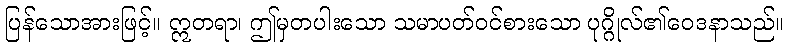
ပြန်သောအားဖြင့်။ ဣတရာ၊ ဤမှတပါးသော သမာပတ်ဝင်စားသော ပုဂ္ဂိုလ်၏ဝေဒနာသည်။